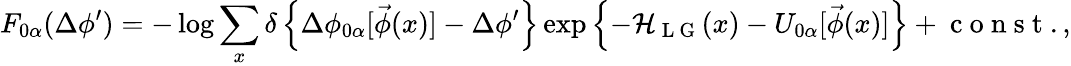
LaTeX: F_{0\alpha}(\Delta\phi^{\prime})=-\log\sum_{x}\delta\left\{ \Delta\phi_{0\alpha}[\vec{\phi}(x)]-\Delta\phi^{\prime}\right\} \exp\left\{ -\mathcal{H}_{\mathrm{~L~G~}}(x)-U_{0\alpha}[\vec{\phi}(x)]\right\} +\mathrm{~c~o~n~s~t~}.,